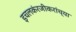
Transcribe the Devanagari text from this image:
इचलकंरजीकरांच्या